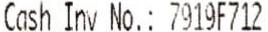
CASH INV NO.: 7919F712